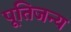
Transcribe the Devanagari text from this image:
पूतिजन्य